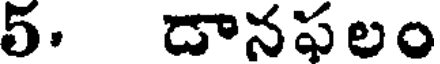
5. డానఫలం